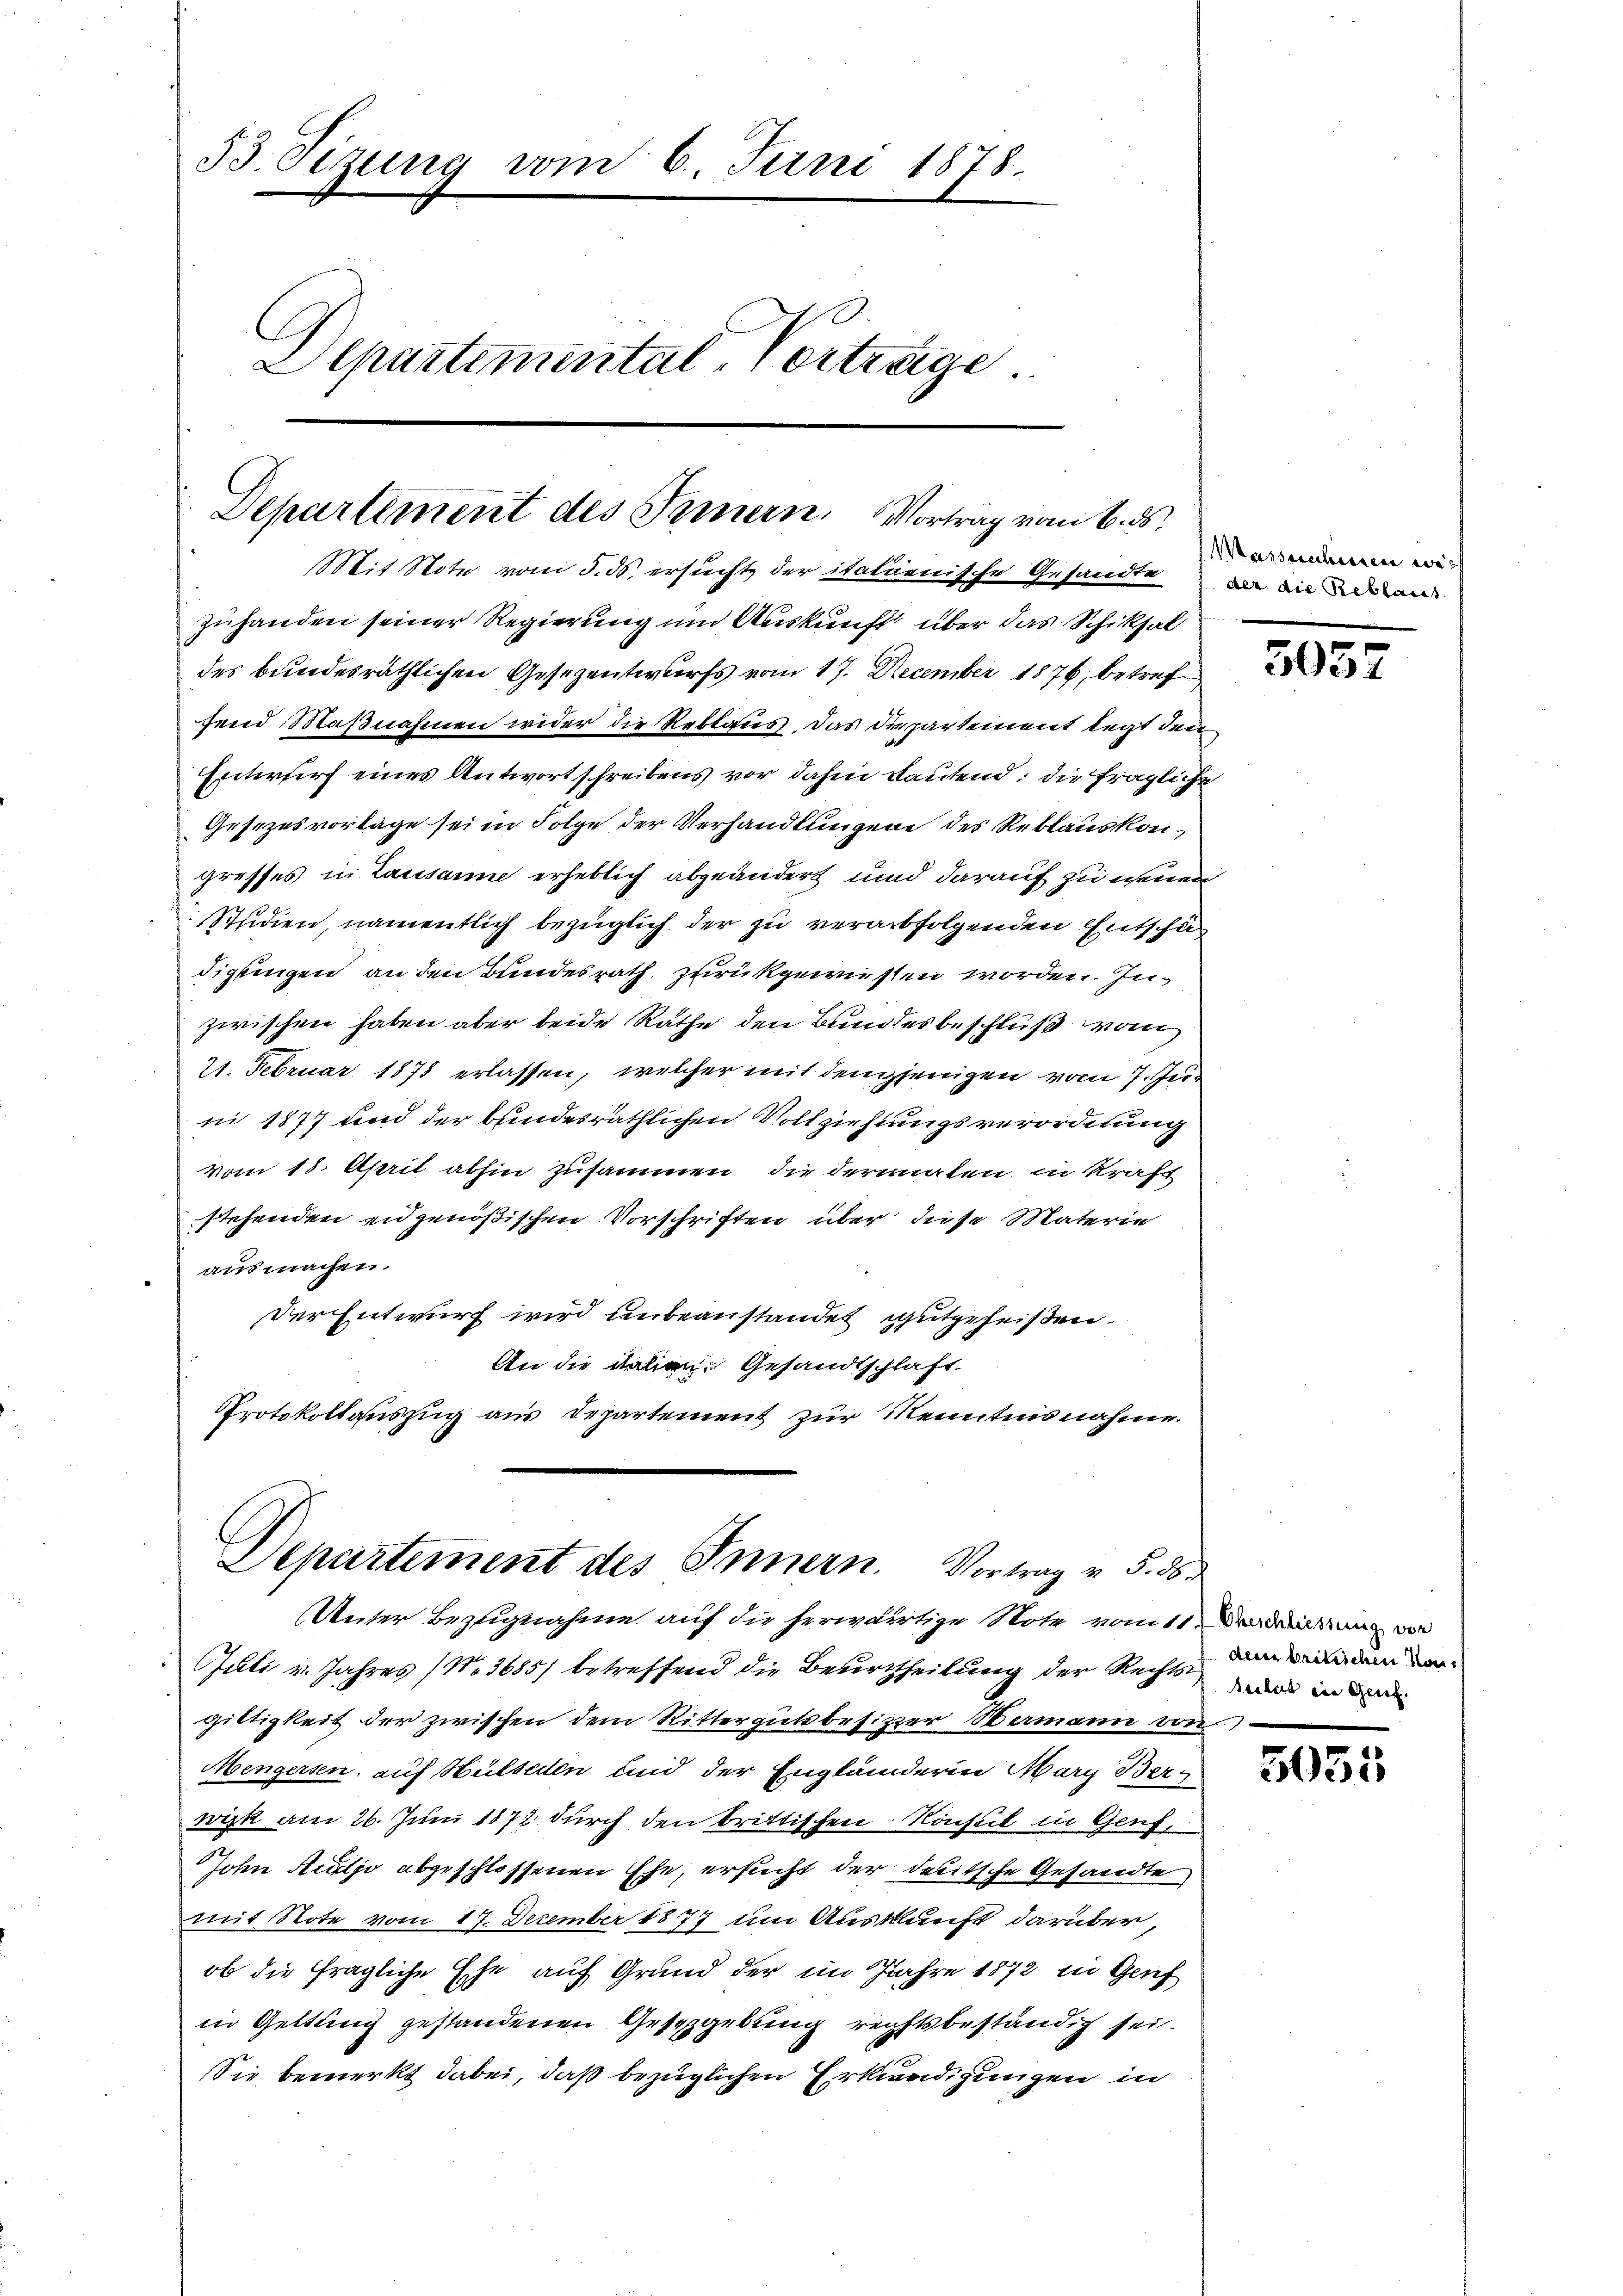
53. Sizung vom 6. Juni 1878.
Alpartimental-Vertrage

Departement des Innern. Vortrag vom 6. ds.
Mit Note vom 5. ds. ersucht, der italienische Gesandte da die die

zuhanden seiner Regierung und Auskunft über das Schiksal
des bundesräthlichen Gesezentwurfs vom 17. December 1876, betref
fend Maßnahmen wider die Reblaus, das Departement legt den
Entwurf eines Antwort schreibens vor dahin bautend: die fragliche
Gesezesvorlage sei in Folge der Verhandlungen des Reblaus kongresses in Lausanne erheblich abgeändert und darauf zu neuen
Studien, namentlich bezüglich der zu verabfolgenden Entschädigungen an den Bundesrath zurükgewiesen worden. Inzwischen haben aber beide Rathe den Bundesbeschluß vom
21. Februar 1878 erlassen, welcher mit demjenigen vom 7. Jur
ni 1877 und der bundesräthlichen Vollziehungsverordnung
vom 18. April abhin zusammen die dermalen in Kraft
stehenden eidgenößischen Vorschriften über diese Materie
ausmachen.
Der Entwurf wird unbeanstandet gutgeheißen.
An die talien Gesandtschlaft
Protokollauszug aus Departement zur Kenntnisnahme.

Departement des Innern. Vortrag v. 5. 56
Unter Bezugnahme auf die herwärtige Note vom 11. Derreichung von

Juli v. Jahres (No 3685) betreffend die Beurtheilung der Rechtsgiltigkeit der zwischen dem Rittergutbesitzer Wermann von
Mengersen, auf Hülseden und der Engländerin Mary Ber-
wisk am 26. Juni 1872 durch den brittischen Konsul in Genf,
John Sculjo abgeschlossenen Ehe, ersucht der deutsche Gesandte
mit Note vom 17. Dezember 1877 um Auskunft darüber,
ob die fragliche Ehe auf Grund der im Jahre 1872 in Genf
in Geltung gestandenen Gesetzgebung rechtsbeständig sei.
Sie bemerkt dabei, daß bezüglichen Erkendigungen in

Massenheren we¬

3057

den britischen Kon¬
Arbeit ein Geist.

5055